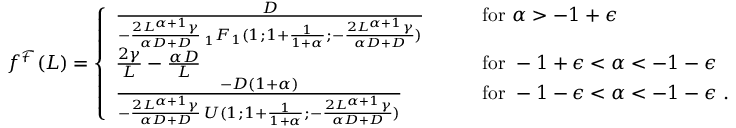
\begin{array} { r } { f ^ { \mathcal { F } } ( L ) = \left\{ \begin{array} { l l } { \frac { D } { - \frac { 2 L ^ { \alpha + 1 } \gamma } { \alpha D + D } \, _ { 1 } F _ { 1 } ( 1 ; 1 + \frac { 1 } { 1 + \alpha } ; - \frac { 2 L ^ { \alpha + 1 } \gamma } { \alpha D + D } ) } \qquad } & { \mathrm { f o r } \ \alpha > - 1 + \epsilon } \\ { \frac { 2 \gamma } { L } - \frac { \alpha D } { L } \qquad } & { \mathrm { f o r } \ - 1 + \epsilon < \alpha < - 1 - \epsilon } \\ { \frac { - D ( 1 + \alpha ) } { - \frac { 2 L ^ { \alpha + 1 } \gamma } { \alpha D + D } \, U ( 1 ; 1 + \frac { 1 } { 1 + \alpha } ; - \frac { 2 L ^ { \alpha + 1 } \gamma } { \alpha D + D } ) } \qquad } & { \mathrm { f o r } \ - 1 - \epsilon < \alpha < - 1 - \epsilon \ . } \end{array} \right. } \end{array}